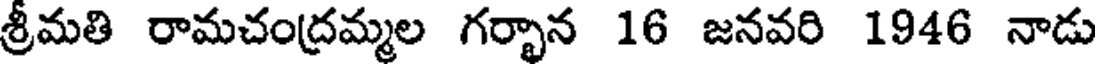
శ్రీమతి రామచంద్రమ్మల గర్భాన 16 జనవరి 1946 నాడు